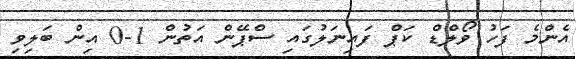
އެންމެ ފަހު ވޯލްޑް ކަޕް ފައިނަލުގައި ސްޕޭން އަތުން 1-0 އިން ބަލިވި